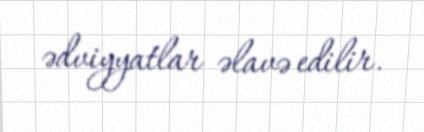
ədviyyatlar əlavə edilir.